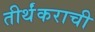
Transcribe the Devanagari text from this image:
तीर्थंकराची